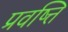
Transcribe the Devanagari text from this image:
प्रवष्त्ति